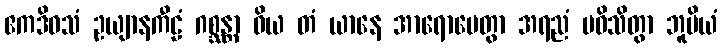
ဧကဒိဝသံ ဥယျာနကီဠံ ဂစ္ဆန္တာ ဝိယ တံ ယာနေ အာရောပေတွာ အရညံ ပဝိသိတွာ ဘူမိယံ